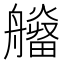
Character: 𤳮